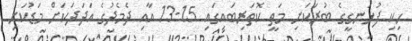
ހިކި ފުޅަނގީގެ ބުރަކަށި މަތީ ކޮތަރިބައިގައި 15-13 އާއި ދެމެދުގެ އަދަދަކަށް މަޑުކަށި